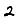
Digit: 2